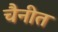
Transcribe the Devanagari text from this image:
चैनीत